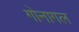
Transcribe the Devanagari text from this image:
गोनागल